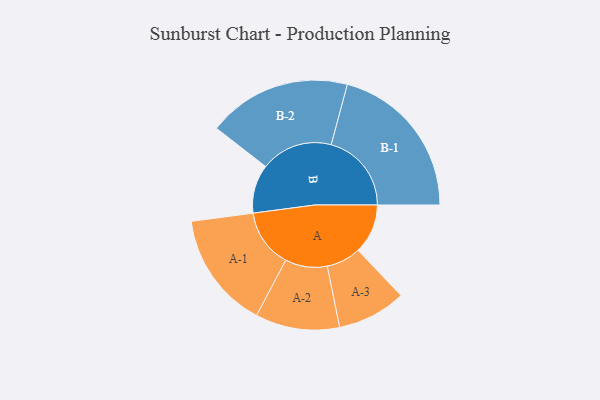
{"axis": {"x": "Segment", "y": "Value"}, "legend": ["", "A", "B"], "data": [{"x": "A", "y": 182, "type": ""}, {"x": "B", "y": 178, "type": ""}, {"x": "A-1", "y": 214, "type": "A"}, {"x": "A-2", "y": 154, "type": "A"}, {"x": "A-3", "y": 126, "type": "A"}, {"x": "B-1", "y": 294, "type": "B"}, {"x": "B-2", "y": 263, "type": "B"}]}